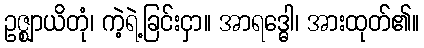
ဥဇ္ဈာယိတုံ၊ ကဲ့ရဲ့ခြင်းငှာ။ အာရဒ္ဓေါ၊ အားထုတ်၏။